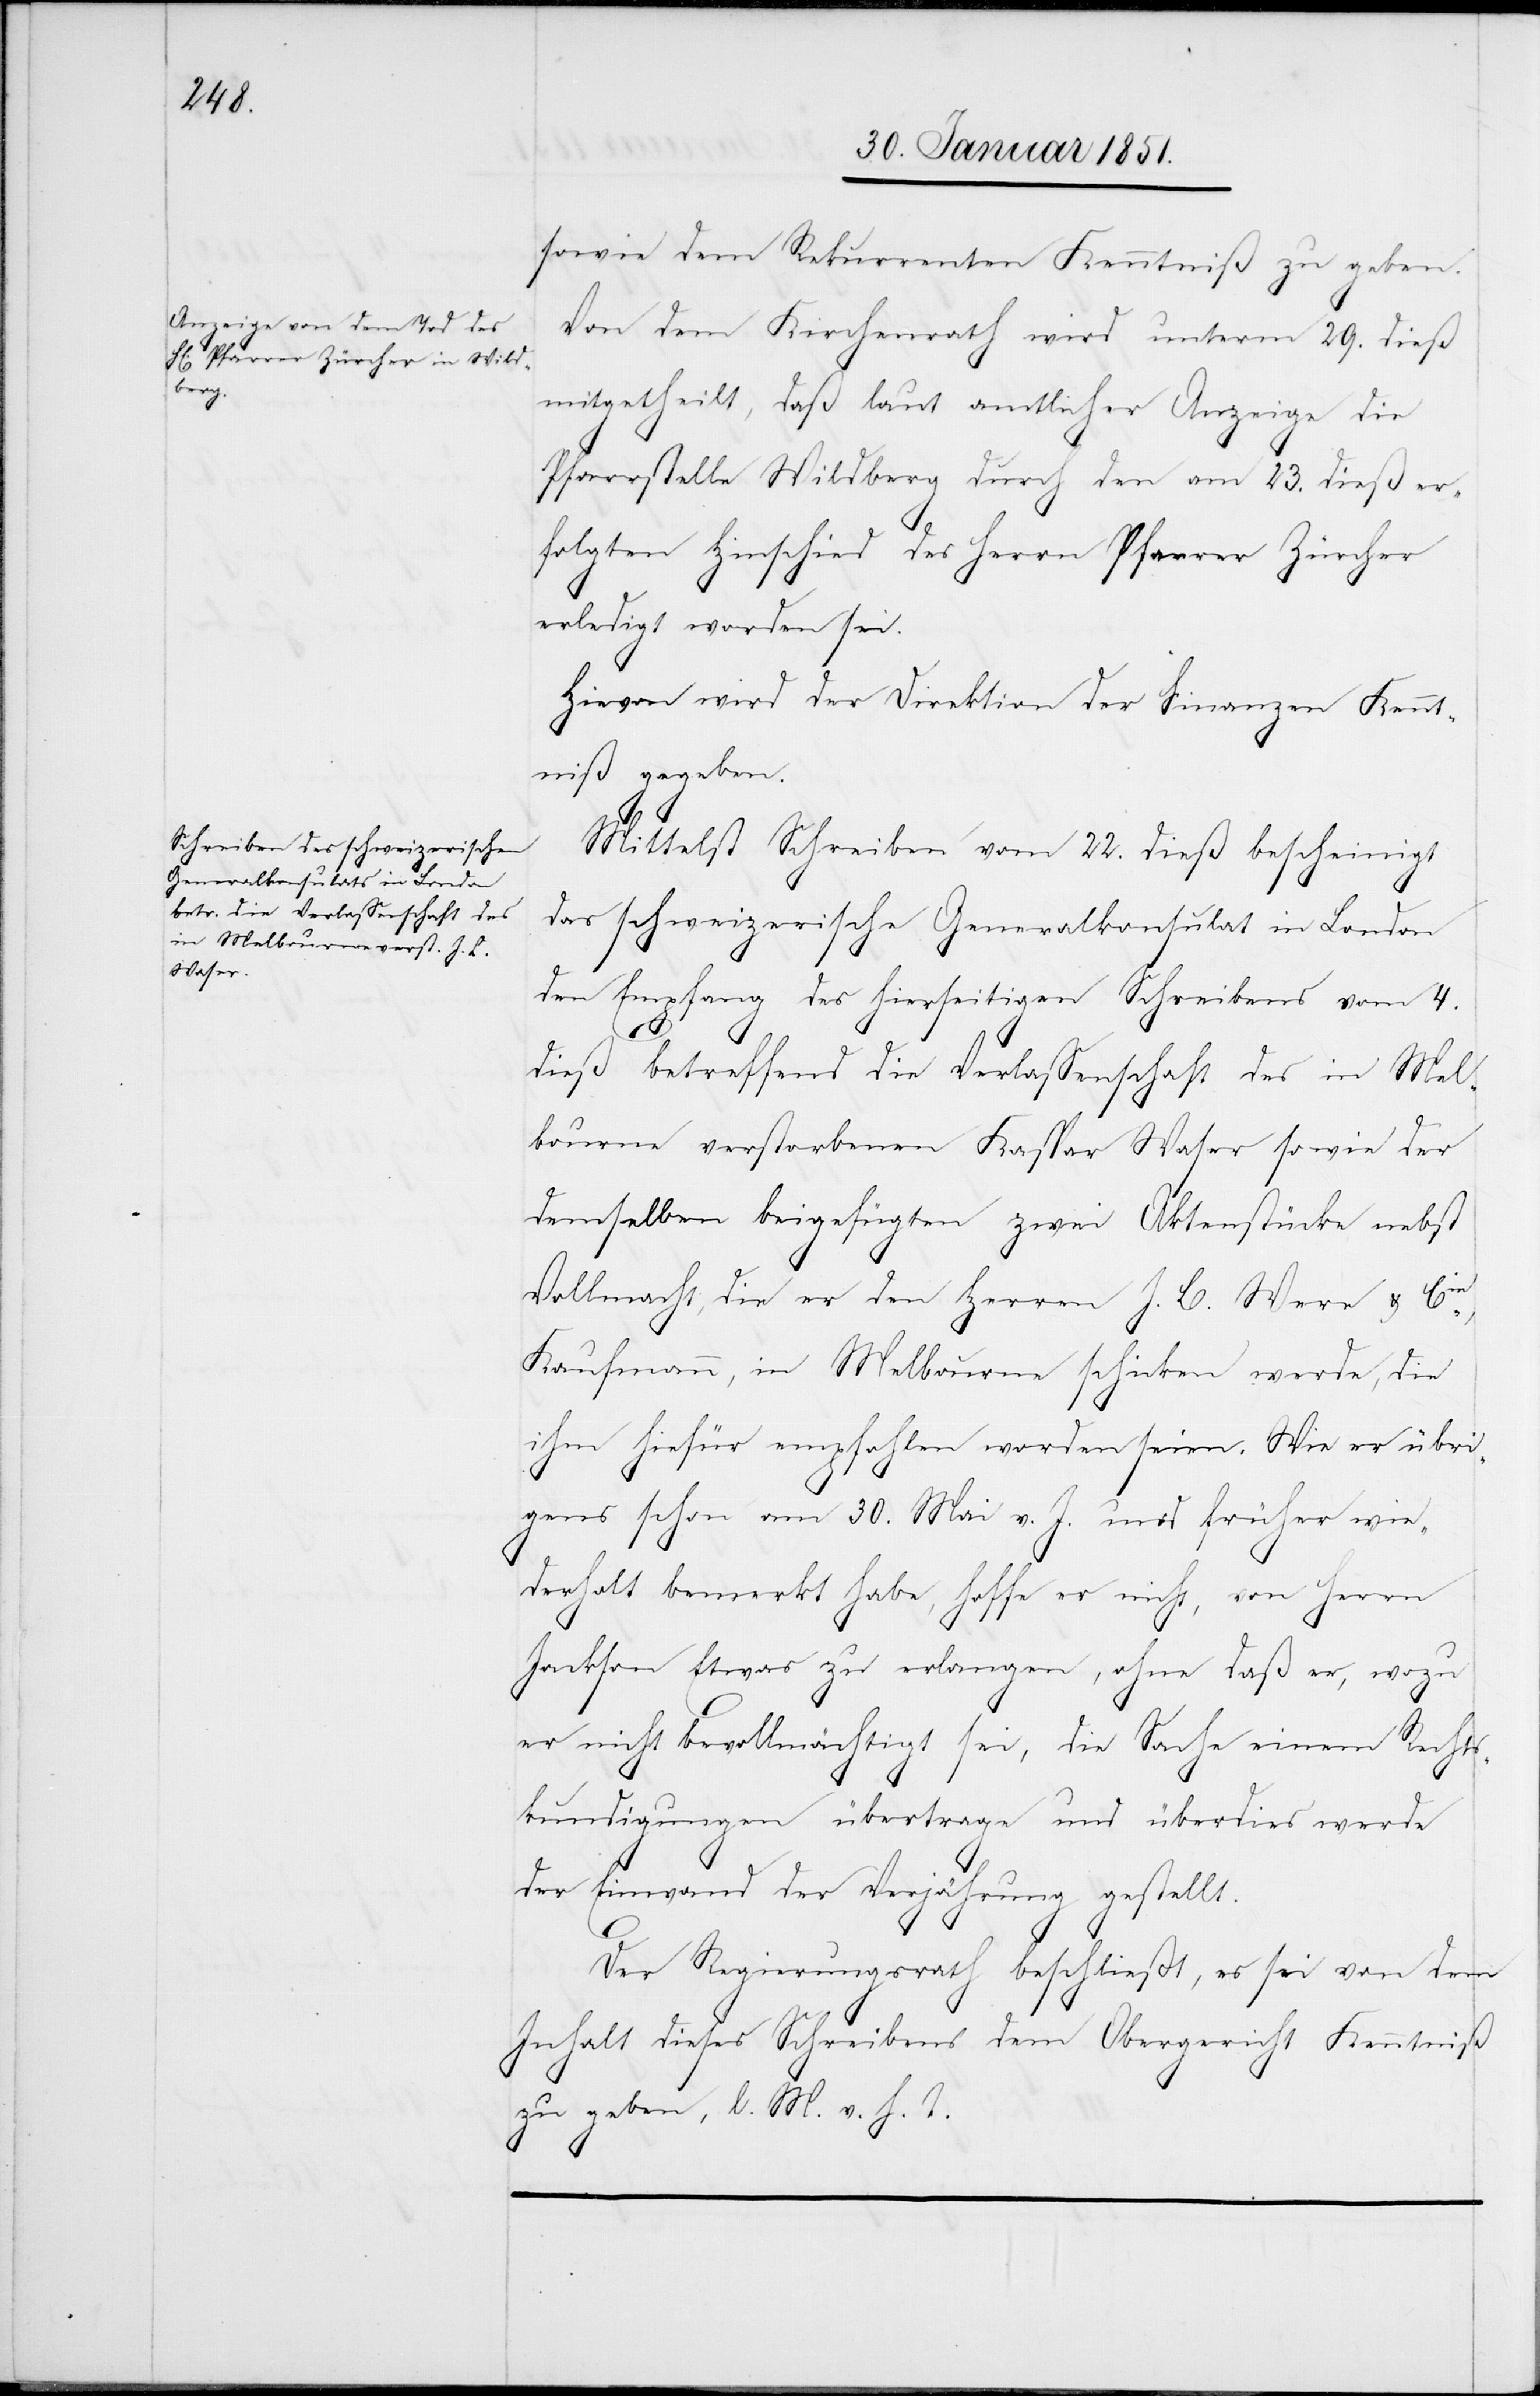
sowie dem Rekurrenten Kenntniß zu geben.
Von dem Kirchenrath wird unterm 29. dieß
mitgetheilt, daß laut amtlicher Anzeige die
Pfarrstelle Wildberg durch den am 23. dieß er¬
folgten Hinschied des Herrn Pfarrer Zürcher
erledigt worden sei.
Hievon wird der Direktion der Finanzen Kennt¬
niß gegeben.
Mittelst Schreiben vom 22. dieß bescheinigt
das schweizerische Generalkonsulat in London
den Empfang des hierseitigen Schreibens vom 4.
dieß betreffend die Verlassenschaft des in Mel¬
bourne verstorbenen Kaspar Waser sowie der
demselben beigefügten zwei Aktenstücke nebst
Vollmacht, die er den Herren J. B. Were & Cie.,
Kaufmann, in Melbourne schicken werde, die
ihm hiefür empfohlen worden seien. Wie er übri¬
gens schon am 30. Mai v. J. und früher wie¬
derholt bemerkt habe, hoffe er nicht, von Herrn
Jackson Etwas zu erlangen, ohne daß er, wozu
er nicht bevollmächtigt sei, die Sache einem Rechtsk¬
Rechtskundigen] übertrage und überdies werde
der Einwand der Verjährung gestellt.
Der Regierungsrath beschließt, es sei von dem
Inhalt dieses Schreibens dem Obergericht Kenntniß
zu geben, l. M. v. h. T.
undigungen